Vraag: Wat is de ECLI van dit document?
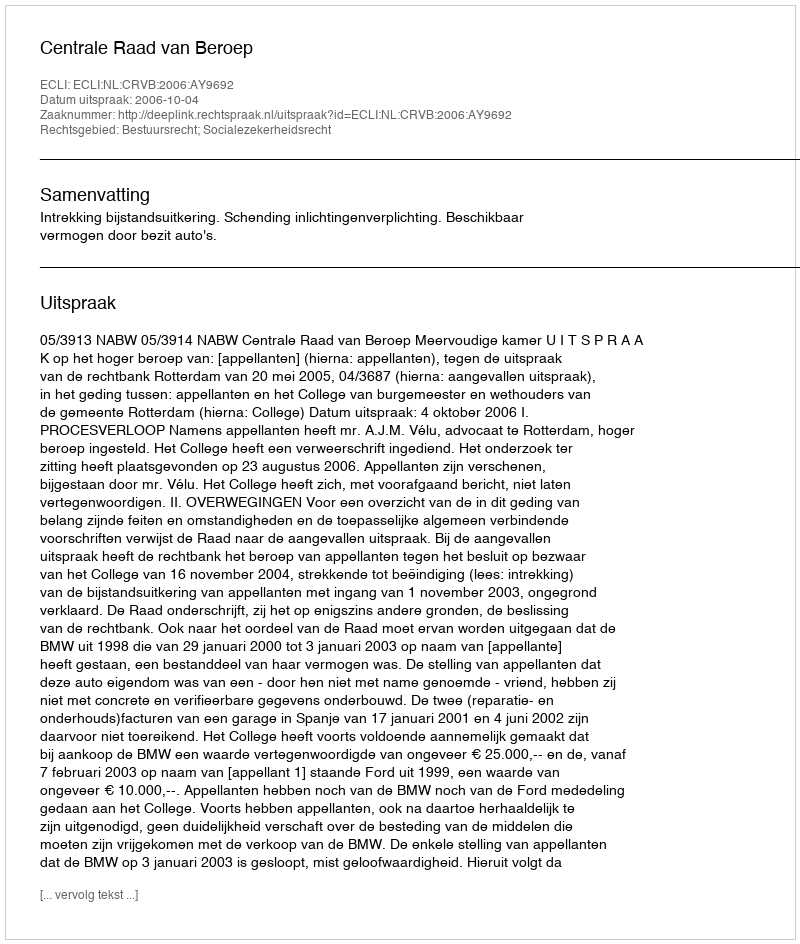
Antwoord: ECLI:NL:CRVB:2006:AY9692